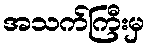
အသက်ကြီးမှ